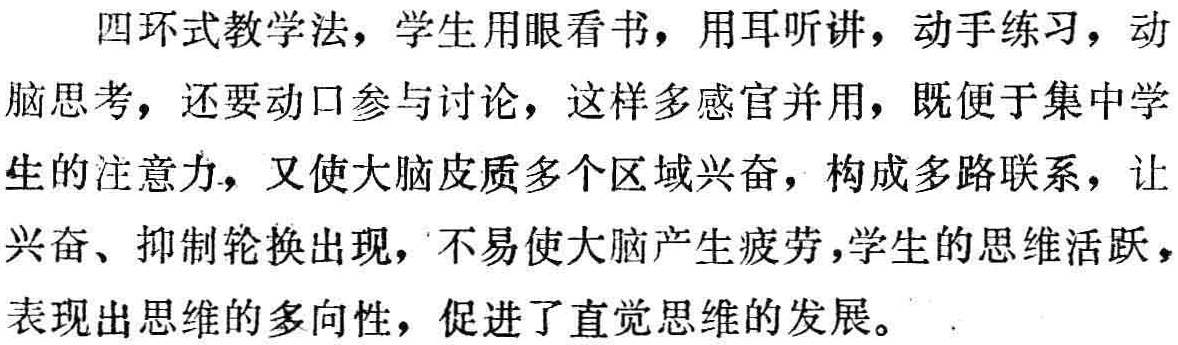
四环式教学法，学生用眼看书，用耳听讲，动手练习，动脑思考，还要动口参与讨论，这样多感官并用，既便于集中学生的注意力，又使大脑皮质多个区域兴奋，构成多路联系，让兴奋、抑制轮换出现，不易使大脑产生疲劳，学生的思维活跃，表现出思维的多向性，促进了直觉思维的发展。